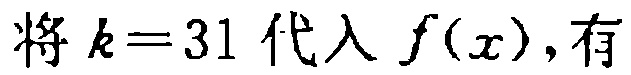
将 \(k = 31\) 代入 \(f(x)\)，有